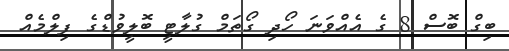
ބިގް ބޮސް 8 ގެ އެއްވަނަ ހޯދި ގޯތަމް ގުލާޓީ ބޮލީވުޑްގެ ފިލްމެއް